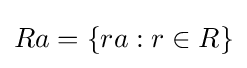
Ra=\{ra:r\in R\}